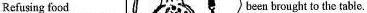
Refusing food been brought to the table.